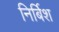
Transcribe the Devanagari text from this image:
निर्बिश